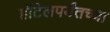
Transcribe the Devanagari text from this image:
हॉटेलपर्यंतच्या